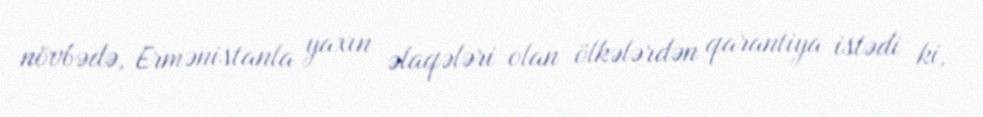
növbədə, Ermənistanla yaxın əlaqələri olan ölkələrdən qarantiya istədi ki,